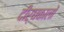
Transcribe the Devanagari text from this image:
दीर्घकालों